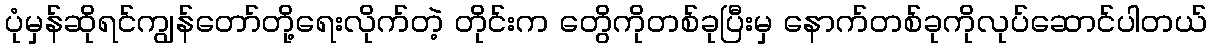
ပုံမှန်ဆိုရင်ကျွန်တော်တို့ရေးလိုက်တဲ့ တိုင်းက တွေိကိုတစ်ခုပြီးမှ နောက်တစ်ခုကိုလုပ်ဆောင်ပါတယ်